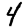
Digit: 4